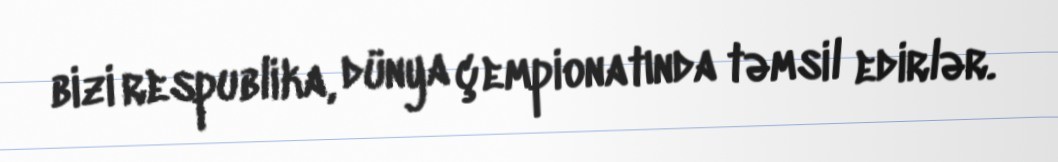
bizi respublika, dünya çempionatında təmsil edirlər.